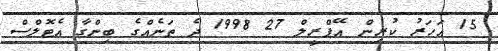
15 އަހަރު ކުރިން އޭޕްރީލް 27 1998 ދެ ތަނެއްގެ ބިންގާ އެޓޮލްސް